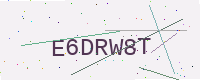
Text: E6DRW8T